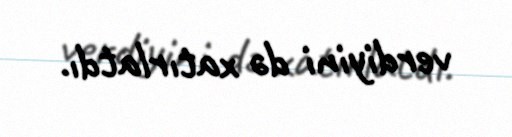
verdiyini də xatırlatdı.